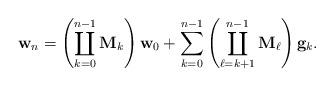
LaTeX: \begin{align*}\mathbf{w}_n=\left(\coprod_{k=0}^{n-1} \mathbf{M}_k\right)\mathbf{w}_0+\sum_{k=0}^{n-1}\left(\coprod_{\ell=k+1}^{n-1}\mathbf{M}_\ell\right)\mathbf{g}_k.\end{align*}